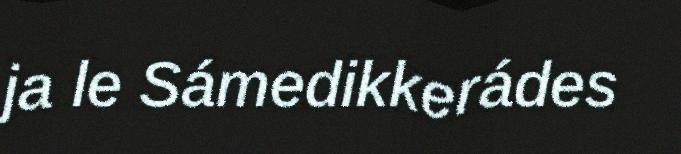
ja le Sámedikkerádes